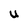
Character: U